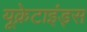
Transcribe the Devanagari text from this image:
यूक्रेटाइंड्स